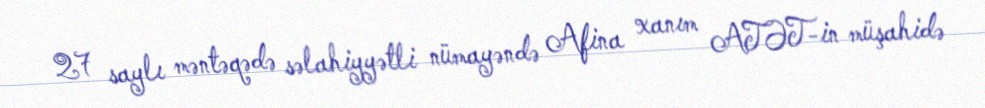
27 saylı məntəqədə səlahiyyətli nümayəndə Afina xanım ATƏT-in müşahidə